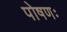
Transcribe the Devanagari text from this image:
पोषणः